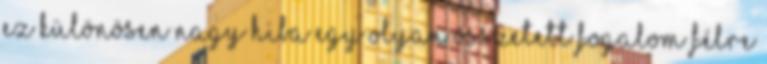
Ez különösen nagy hiba egy olyan összetett fogalom félre